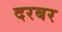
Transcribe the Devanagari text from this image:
दरबर